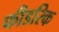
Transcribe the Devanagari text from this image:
फीडरिक